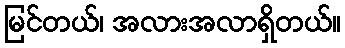
မြင်တယ်၊ အလားအလာရှိတယ်။